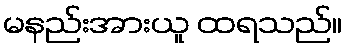
မနည်းအားယူ ထရသည်။